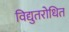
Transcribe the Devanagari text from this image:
विद्युतरोधित